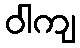
ဝါကျ